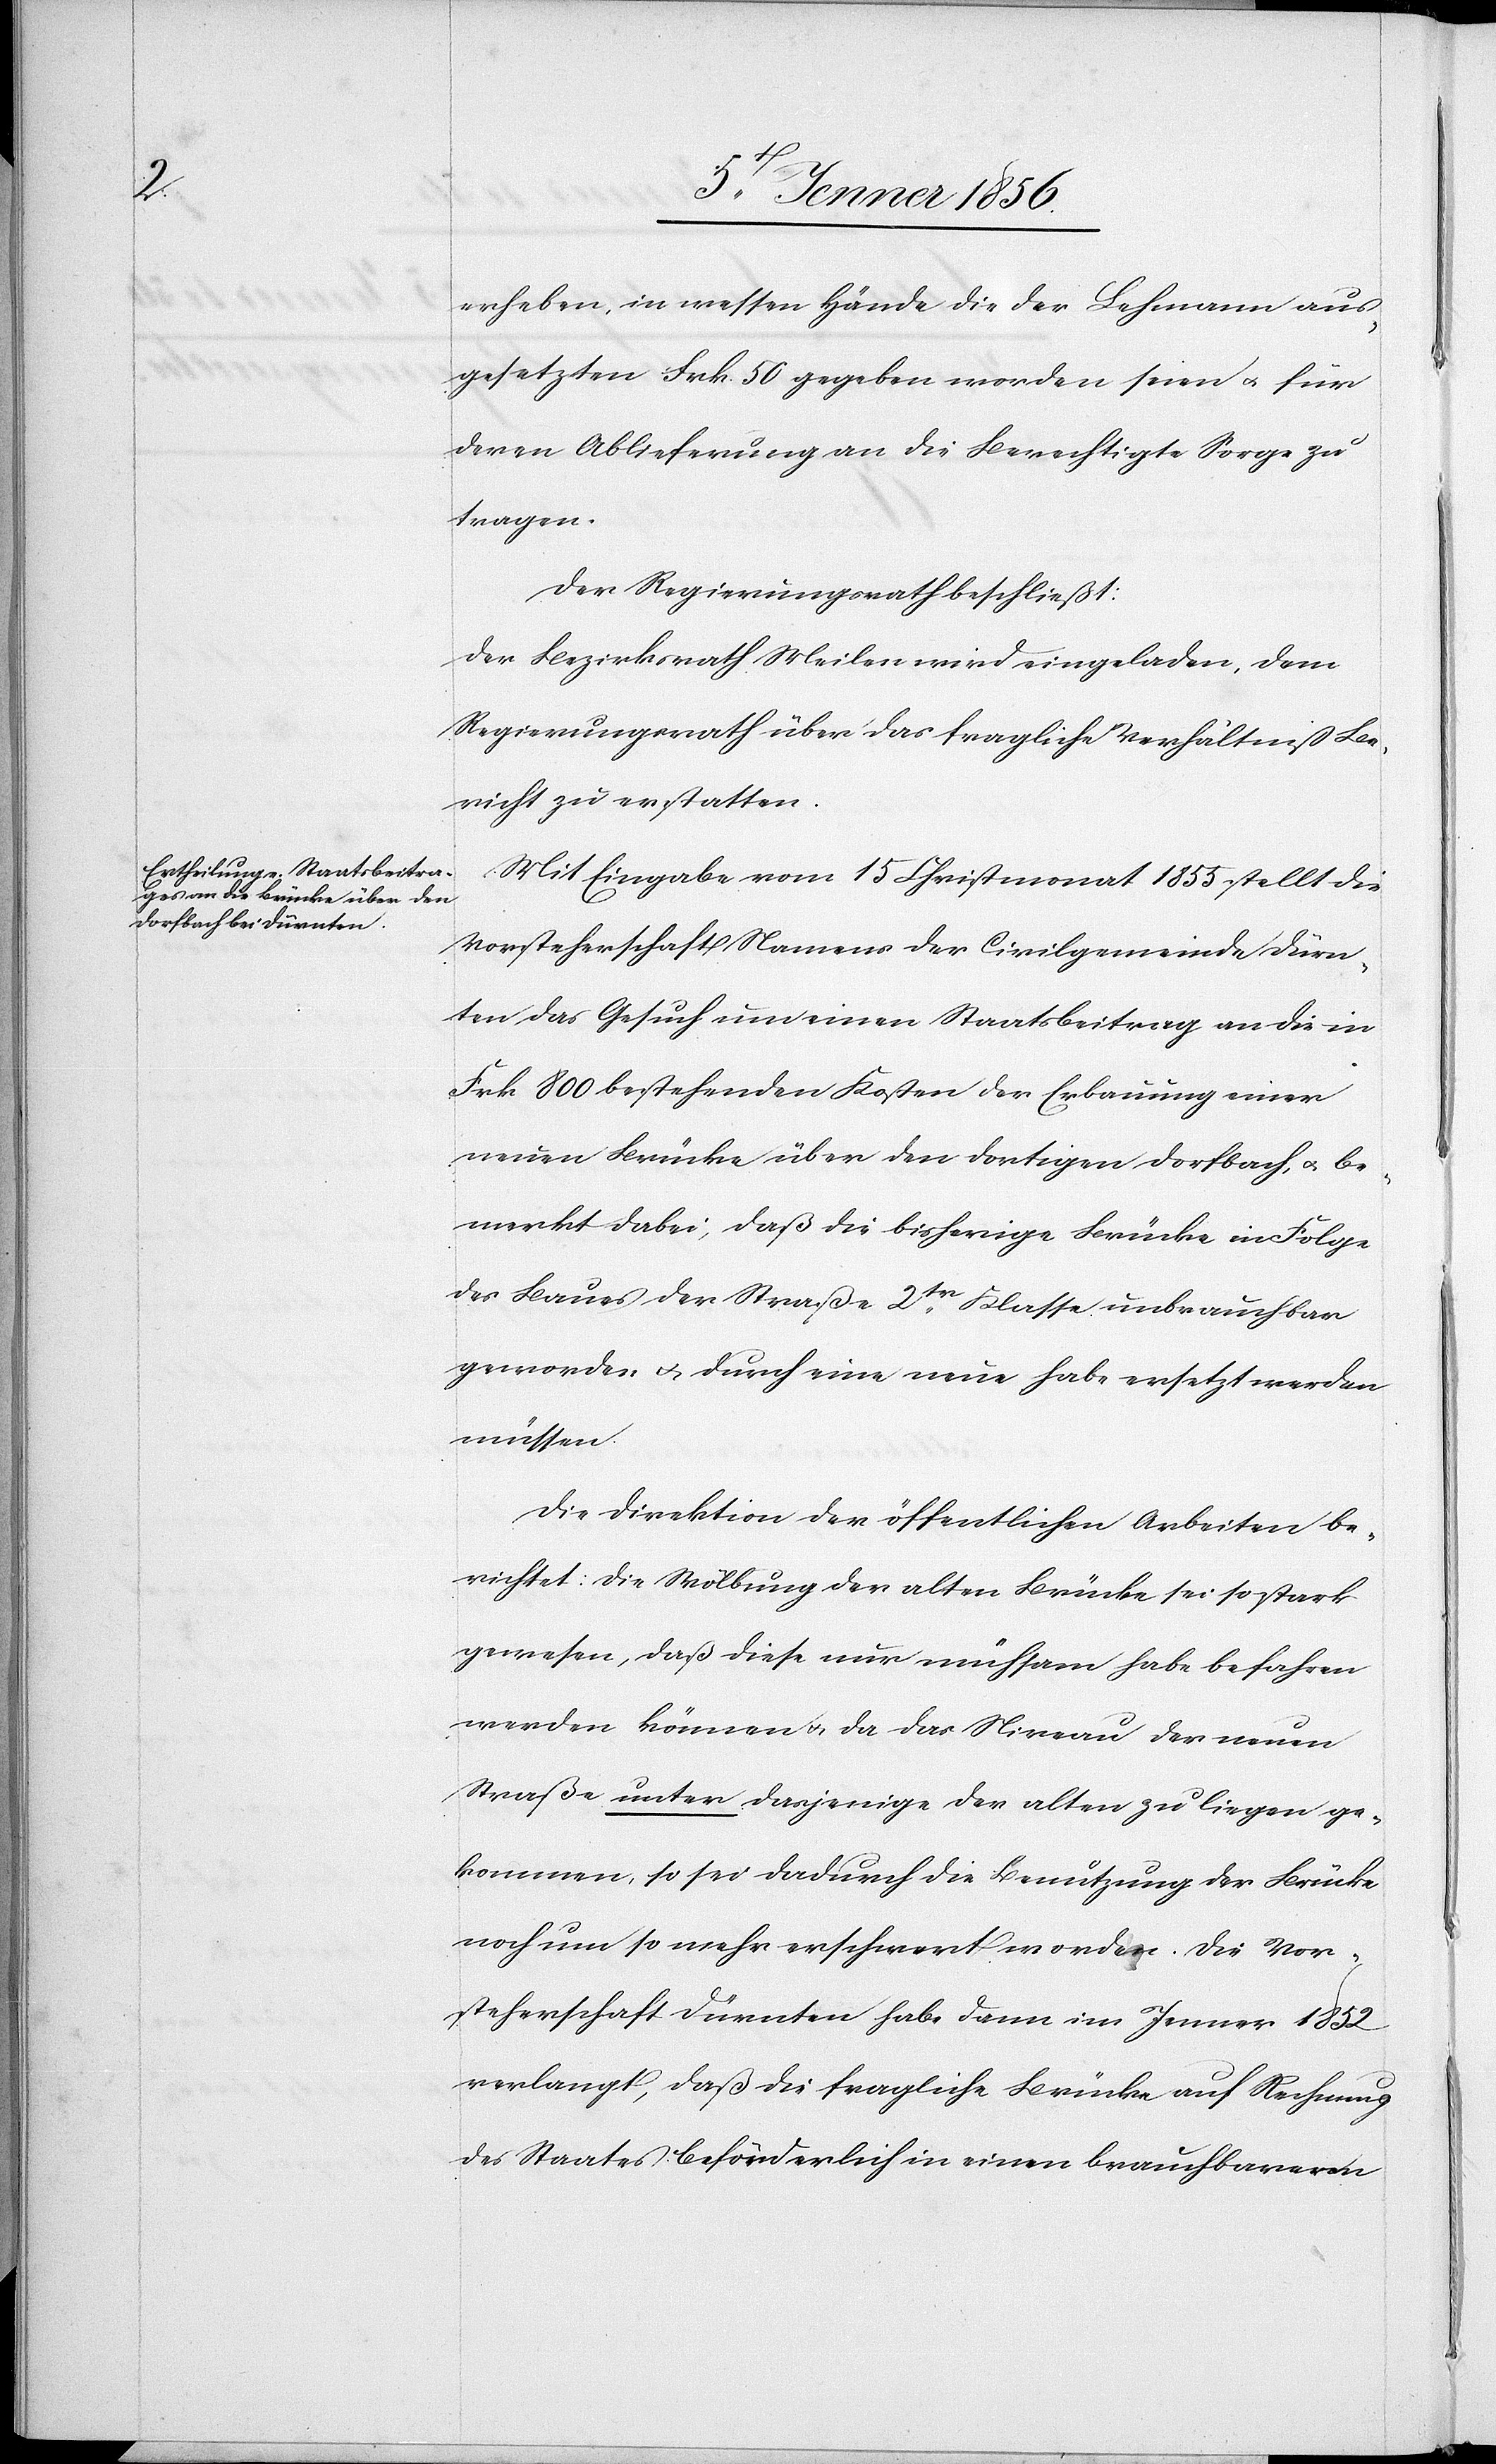
erheben, in wessen Hände die der Lehmann aus¬
gesetzten Frk. 50 gegeben worden seien u. für
deren Ablieferung an die Berechtigte Sorge zu
tragen.
Der Regierungsrath beschließt:
Der Bezirksrath Meilen wird eingeladen, dem
Regierungsrath über das fragliche Verhältniß Be¬
richt zu erstatten.
Mit Eingabe vom 15 Christmonat 1855 stellt die
Vorsteherschaft Namens der Civilgemeinde Dürn¬
ten das Gesuch um einen Staatsbeitrag an die in
Frk 800 bestehenden Kosten der Erbauung einer
neuen Brücke über den dortigen Dorfbach, u. be¬
merkt dabei, daß die bisherige Brücke in Folge
des Baues der Straße 2tr Klasse unbrauchbar
geworden u. durch eine neue habe ersetzt werden
müssen.
Die Direktion der öffentlichen Arbeiten be¬
richtet: Die Wölbung der alten Brücke sei so stark
gewesen, daß diese nur mühsam habe befahren
werden können u. da das Niveau der neuen
Straße unter dasjenige der alten zu liegen ge¬
kommen, so sei dadurch die Benutzung der Brücke
noch um so mehr erschwert worden. Die Vor¬
steherschaft Dürnten habe dann im Jenner 1852
verlangt, daß die fragliche Brücke auf Rechnung
des Staates beförderlich in einen brauchbareren